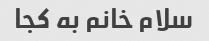
سلام خانم به کجا